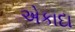
એકાદા